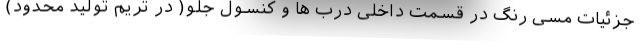
جزئیات مسی رنگ در قسمت داخلی درب ها و کنسول جلو( در تریم تولید محدود)